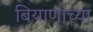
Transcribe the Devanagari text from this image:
बियाणाच्या